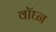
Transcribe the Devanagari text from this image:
वॉघ्न